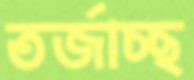
তর্জাচ্ছ